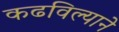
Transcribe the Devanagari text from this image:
कढविल्याने